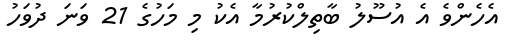
އެހެންވެ އެ އުސޫލު ބާތިލްކުރުމާ އެކު މި މަހުގެ 21 ވަނަ ދުވަހު